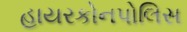
હાયરકોનપોલિસ